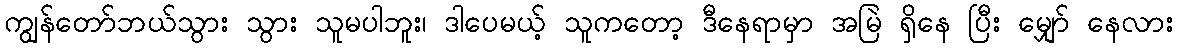
ကျွန်တော်ဘယ်သွား သွား သူမပါဘူး၊ ဒါပေမယ့် သူကတော့ ဒီနေရာမှာ အမြဲ ရှိနေ ပြီး မျှော် နေလား